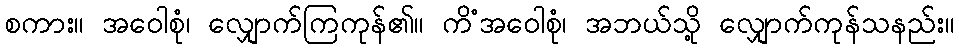
စကား။ အဝေါစုံ၊ လျှောက်ကြကုန်၏။ ကိံအဝေါစုံ၊ အဘယ်သို့ လျှောက်ကုန်သနည်း။